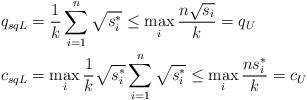
LaTeX: \begin{align*}q_{sqL}&= \frac{1}{k}\sum_{i=1}^n\sqrt{s_i^*}\leq \max_i\frac{n\sqrt{s_i}}{k} = q_U\\c_{sqL}& = \max_i \frac{1}{k}\sqrt{s_i^*}\sum_{i=1}^n\sqrt{s_i^*}\leq \max_i \frac{ns_i^*}{k} = c_U\end{align*}